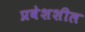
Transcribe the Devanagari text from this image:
प्रवेशशील